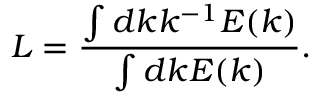
L = \frac { \int d k k ^ { - 1 } E ( k ) } { \int d k E ( k ) } .